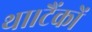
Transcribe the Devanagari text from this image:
था।टैंकों